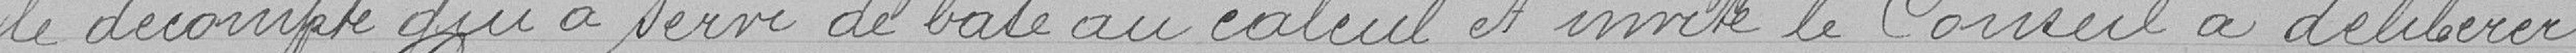
le décompte qui a servi de base au calcul et invite le Conseil à délibérer.